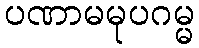
ပဏာမမုပဂမ္မ